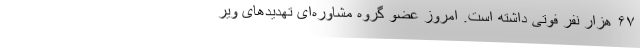
۶۷ هزار نفر فوتی داشته است. امروز عضو گروه مشاوره‌ای تهدیدهای ویر